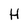
Character: H